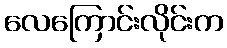
လေကြောင်းလိုင်းက